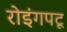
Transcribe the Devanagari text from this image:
रोइंगपटू